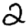
Digit: 2